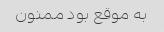
به موقع بود ممنون